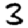
Digit: 3